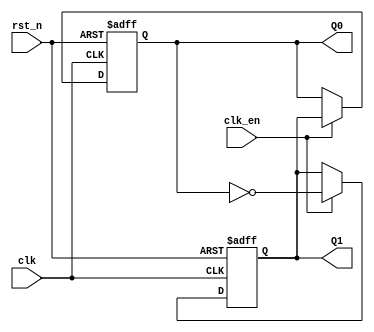
module dual_stage_johnson_counter (
    input wire clk,          // Clock input
    input wire rst_n,       // Asynchronous active-low reset
    input wire clk_en,      // Clock enable input (optional)
    output reg Q1,          // Output of the first flip-flop
    output reg Q0           // Output of the second flip-flop
);

// State transition logic
always @(posedge clk or negedge rst_n) begin
    if (!rst_n) begin
        // Asynchronous reset
        Q1 <= 1'b0;         // Initialize Q1 to 0
        Q0 <= 1'b0;         // Initialize Q0 to 0
    end else if (clk_en) begin
        // Johnson counter operation
        Q1 <= ~Q0;          // Feedback from the inverted output of Q0
        Q0 <= Q1;           // Shift the state from Q1 to Q0
    end
end

endmodule